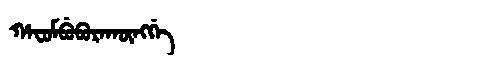
Manchu: ᡥᠠᠸᡠᠮᠪᡠᠪᡠᡵᠠᡴᡡᠩᡤᡝ
Romanization: HAFUMBUBURAKŪNGGE